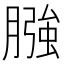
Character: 膙